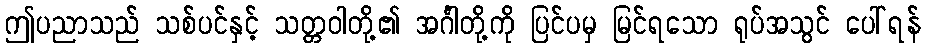
ဤပညာသည် သစ်ပင်နှင့် သတ္တဝါတို့၏ အင်္ဂါတို့ကို ပြင်ပမှ မြင်ရသော ရုပ်အသွင် ပေါ်ရန်